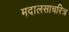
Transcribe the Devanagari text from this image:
मदालसाचरित्र